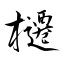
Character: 櫏